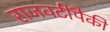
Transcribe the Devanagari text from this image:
राजवटींपैकी